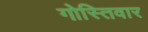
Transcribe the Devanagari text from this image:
गोस्तिवार